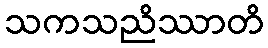
သကသညိဿာတိ